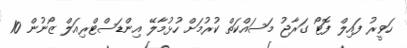
ހަވީރު ފައިލް ފޮޓޯ ގަރާޖު މަސައްކަތް ކުރުމަށް ހުޅުމާލޭ އިންޑަސްޓްރިއަލް ޒޯނުން 10